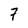
Character: 7